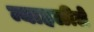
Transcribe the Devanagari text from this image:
न्याहळीले